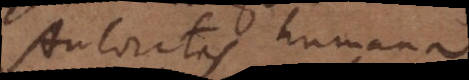
Autoritas humana